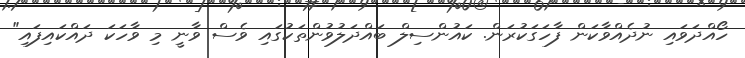
ހޯއްދަވައި ނުދެއްވާކަން ފާހަގަކުރަން. ކައުންސިލް ބައްދަލުވުންތަކުގައި ވެސް ވާނީ މި ވާހަކަ ދައްކައިފައި"